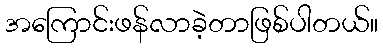
အကြောင်းဖန်လာခဲ့တာဖြစ်ပါတယ်။